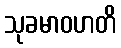
သုခမာဝဟတိ